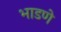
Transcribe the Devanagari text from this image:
भाडणे